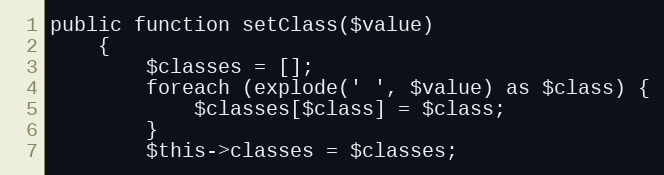
Language: PHP
public function setClass($value)
    {
        $classes = [];
        foreach (explode(' ', $value) as $class) {
            $classes[$class] = $class;
        }
        $this->classes = $classes;